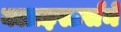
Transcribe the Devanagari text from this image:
क्लाइस्टर्सने